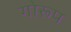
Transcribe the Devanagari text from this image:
गोरूप